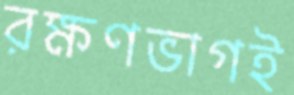
রক্ষণভাগই